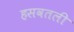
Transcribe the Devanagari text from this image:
हसवतली